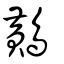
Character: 鷬